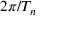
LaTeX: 2 \pi / T _ { n }